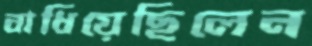
বাধিয়েছিলেন